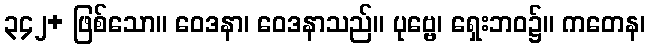
၃၄၂+ ဖြစ်သော။ ဝေဒနာ၊ ဝေဒနာသည်။ ပုဗ္ဗေ၊ ရှေးဘဝ၌။ ကတေန၊